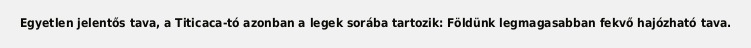
Egyetlen jelentős tava, a Titicaca-tó azonban a legek sorába tartozik: Földünk legmagasabban fekvő hajózható tava.